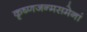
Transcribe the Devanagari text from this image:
कृष्णजन्मसमेनां